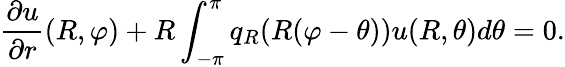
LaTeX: {\frac{\partial u}{\partial r}}(R,\varphi)+R\int_{-\pi}^{\pi}q_{R}(R(\varphi-\theta))u(R,\theta)d\theta=0.